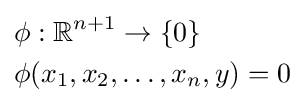
{\begin{aligned}&\phi :\mathbb {R} ^{n+1}\to \{0\}\\&\phi (x_{1},x_{2},\ldots ,x_{n},y)=0\end{aligned}}